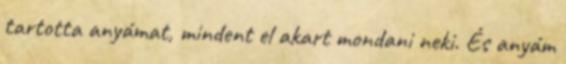
tartotta anyámat, mindent el akart mondani neki. És anyám